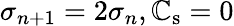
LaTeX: \sigma_{n+1}=2\sigma_{n},\mathbb{C}_{\mathrm{{s}}}=0